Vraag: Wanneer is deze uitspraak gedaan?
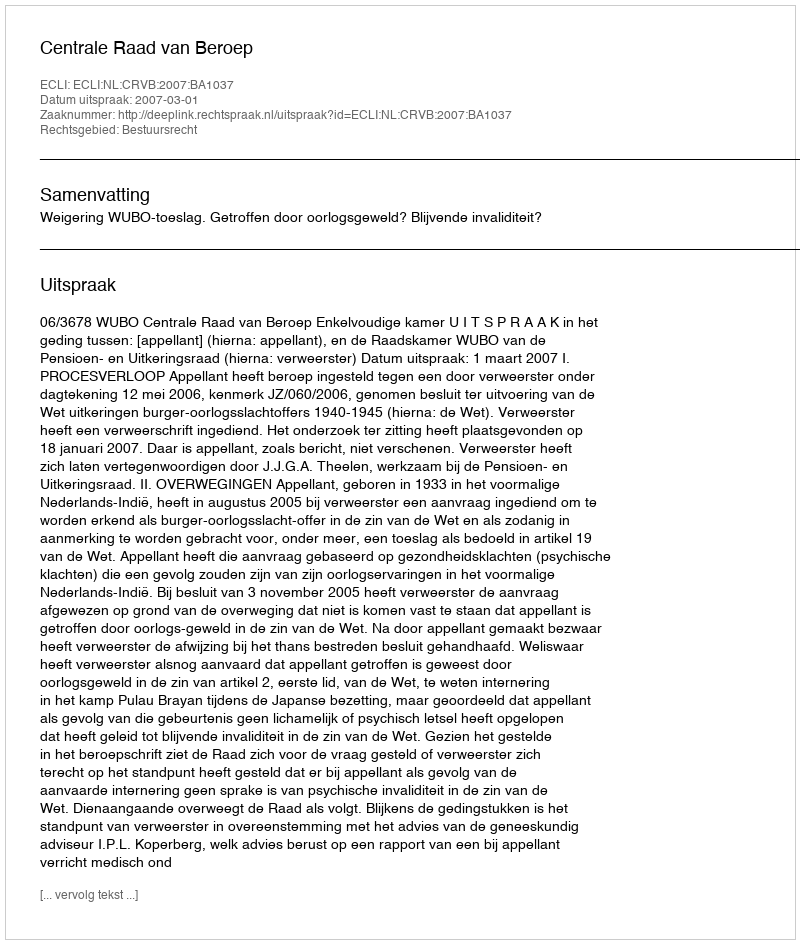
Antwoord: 2007-03-01